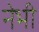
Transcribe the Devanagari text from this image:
नेभी